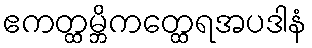
ဧကတ္ထမ္ဘိကတ္ထေရအပဒါနံ